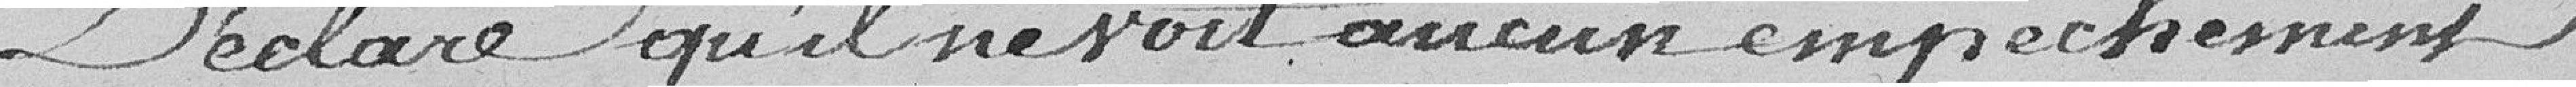
Déclare qu'il ne voit aucun empêchement